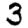
Digit: 3